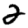
Digit: 2